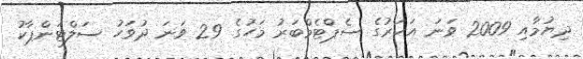
ދިޔުމާއި 2009 ވަނަ އަހަރުގެ ސެޕްޓެމްބަރު މަހުގެ 29 ވަނަ ދުވަހު ސަލްޓަންޕާކު